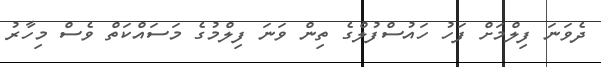
ދެވަނަ ފިލްމަށް ފަހު ހައުސްފުލްގެ ތިން ވަނަ ފިލްމުގެ މަސައްކަތް ވެސް މިހާރު